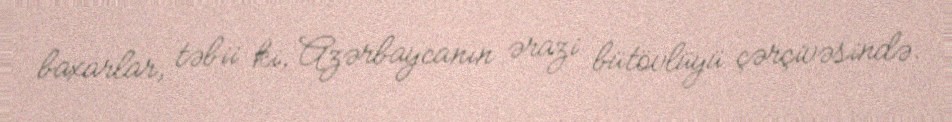
baxarlar, təbii ki, Azərbaycanın ərazi bütövlüyü çərçivəsində.